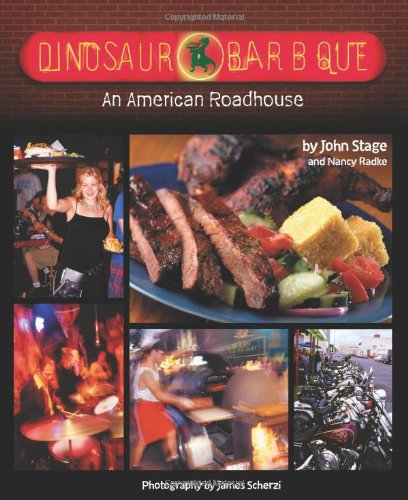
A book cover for Dinosaur Bar-B-Que: An American Roadhouse; John Stage; Cookbooks, Food & Wine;